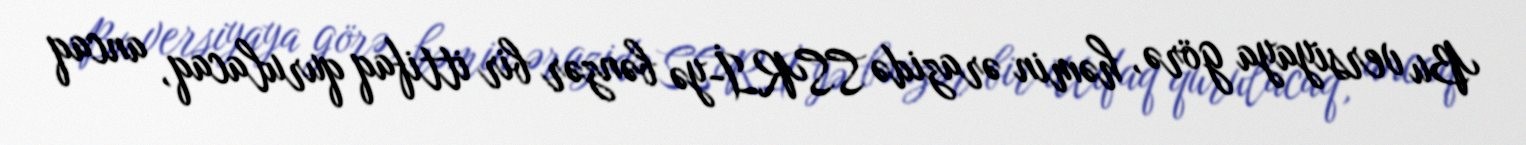
Bu versiyaya görə, həmin ərazidə SSRİ-yə bənzər bir ittifaq qurulacaq, ancaq